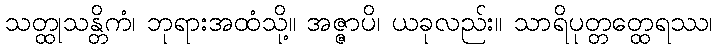
သတ္ထုသန္တိကံ၊ ဘုရားအထံသို့။ အဇ္ဇာပိ၊ ယခုလည်း။ သာရိပုတ္တတ္ထေရဿ၊